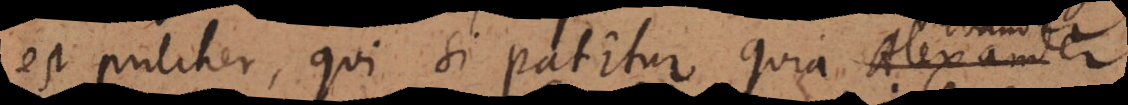
est pulcher, qui si patitur quia Evander